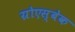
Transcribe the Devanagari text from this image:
ग्रोएस्बेक